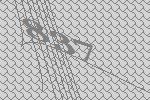
837